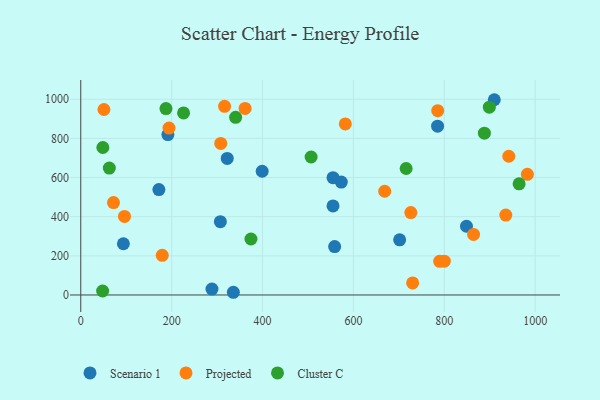
{"axis": {"x": "Experience", "y": "Salary"}, "legend": ["Cluster C", "Projected", "Scenario 1"], "data": [{"x": "399.2", "y": 632.3, "type": "Scenario 1"}, {"x": "307.2", "y": 374.4, "type": "Scenario 1"}, {"x": "558.7", "y": 247.4, "type": "Scenario 1"}, {"x": "171.9", "y": 538.8, "type": "Scenario 1"}, {"x": "191.7", "y": 819.7, "type": "Scenario 1"}, {"x": "335.8", "y": 13.8, "type": "Scenario 1"}, {"x": "848.8", "y": 351.3, "type": "Scenario 1"}, {"x": "288.7", "y": 30.2, "type": "Scenario 1"}, {"x": "555.1", "y": 454.9, "type": "Scenario 1"}, {"x": "573.3", "y": 576.9, "type": "Scenario 1"}, {"x": "555.1", "y": 599.3, "type": "Scenario 1"}, {"x": "322.3", "y": 697.7, "type": "Scenario 1"}, {"x": "910.0", "y": 997.7, "type": "Scenario 1"}, {"x": "93.8", "y": 261.8, "type": "Scenario 1"}, {"x": "785.2", "y": 862.7, "type": "Scenario 1"}, {"x": "701.7", "y": 282.0, "type": "Scenario 1"}, {"x": "789.8", "y": 171.9, "type": "Projected"}, {"x": "800.0", "y": 172.5, "type": "Projected"}, {"x": "982.8", "y": 616.5, "type": "Projected"}, {"x": "179.3", "y": 202.4, "type": "Projected"}, {"x": "935.3", "y": 408.5, "type": "Projected"}, {"x": "785.5", "y": 941.7, "type": "Projected"}, {"x": "361.6", "y": 953.3, "type": "Projected"}, {"x": "730.3", "y": 61.8, "type": "Projected"}, {"x": "308.0", "y": 774.3, "type": "Projected"}, {"x": "864.4", "y": 309.2, "type": "Projected"}, {"x": "726.3", "y": 421.2, "type": "Projected"}, {"x": "51.0", "y": 947.7, "type": "Projected"}, {"x": "668.8", "y": 529.9, "type": "Projected"}, {"x": "941.9", "y": 708.8, "type": "Projected"}, {"x": "72.0", "y": 472.4, "type": "Projected"}, {"x": "316.5", "y": 963.8, "type": "Projected"}, {"x": "194.2", "y": 853.0, "type": "Projected"}, {"x": "582.1", "y": 874.0, "type": "Projected"}, {"x": "96.2", "y": 401.6, "type": "Projected"}, {"x": "226.2", "y": 930.5, "type": "Cluster C"}, {"x": "48.1", "y": 20.2, "type": "Cluster C"}, {"x": "716.0", "y": 646.2, "type": "Cluster C"}, {"x": "48.6", "y": 753.6, "type": "Cluster C"}, {"x": "62.8", "y": 648.4, "type": "Cluster C"}, {"x": "899.1", "y": 959.8, "type": "Cluster C"}, {"x": "374.5", "y": 286.1, "type": "Cluster C"}, {"x": "888.2", "y": 826.7, "type": "Cluster C"}, {"x": "964.6", "y": 567.8, "type": "Cluster C"}, {"x": "340.8", "y": 907.9, "type": "Cluster C"}, {"x": "187.5", "y": 952.4, "type": "Cluster C"}, {"x": "506.9", "y": 705.0, "type": "Cluster C"}]}